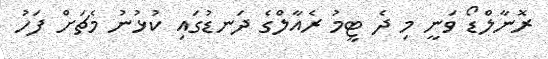
ރޮނާލްޑޯ ވަނީ މި ދެ ޓީމު ރެއާލްގެ ދަނޑުގައި ކުޅުނު މެޗަށް ފަހު